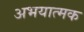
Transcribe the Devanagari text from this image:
अभयात्मक